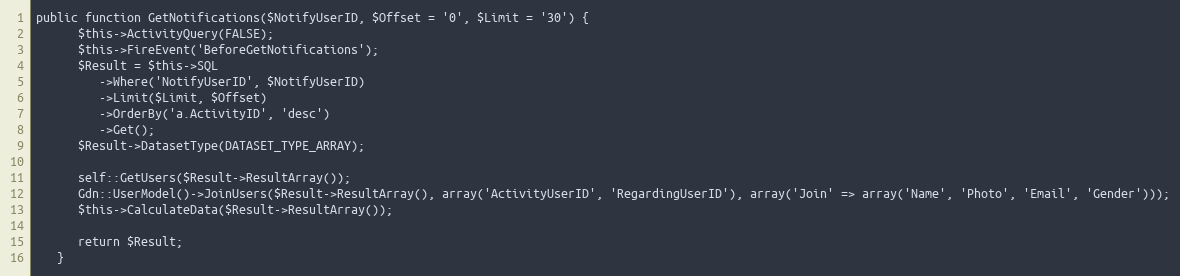
Language: PHP
public function GetNotifications($NotifyUserID, $Offset = '0', $Limit = '30') {
      $this->ActivityQuery(FALSE);
      $this->FireEvent('BeforeGetNotifications');
      $Result = $this->SQL
         ->Where('NotifyUserID', $NotifyUserID)
         ->Limit($Limit, $Offset)
         ->OrderBy('a.ActivityID', 'desc')
         ->Get();
      $Result->DatasetType(DATASET_TYPE_ARRAY);

      self::GetUsers($Result->ResultArray());
      Gdn::UserModel()->JoinUsers($Result->ResultArray(), array('ActivityUserID', 'RegardingUserID'), array('Join' => array('Name', 'Photo', 'Email', 'Gender')));
      $this->CalculateData($Result->ResultArray());

      return $Result;
   }